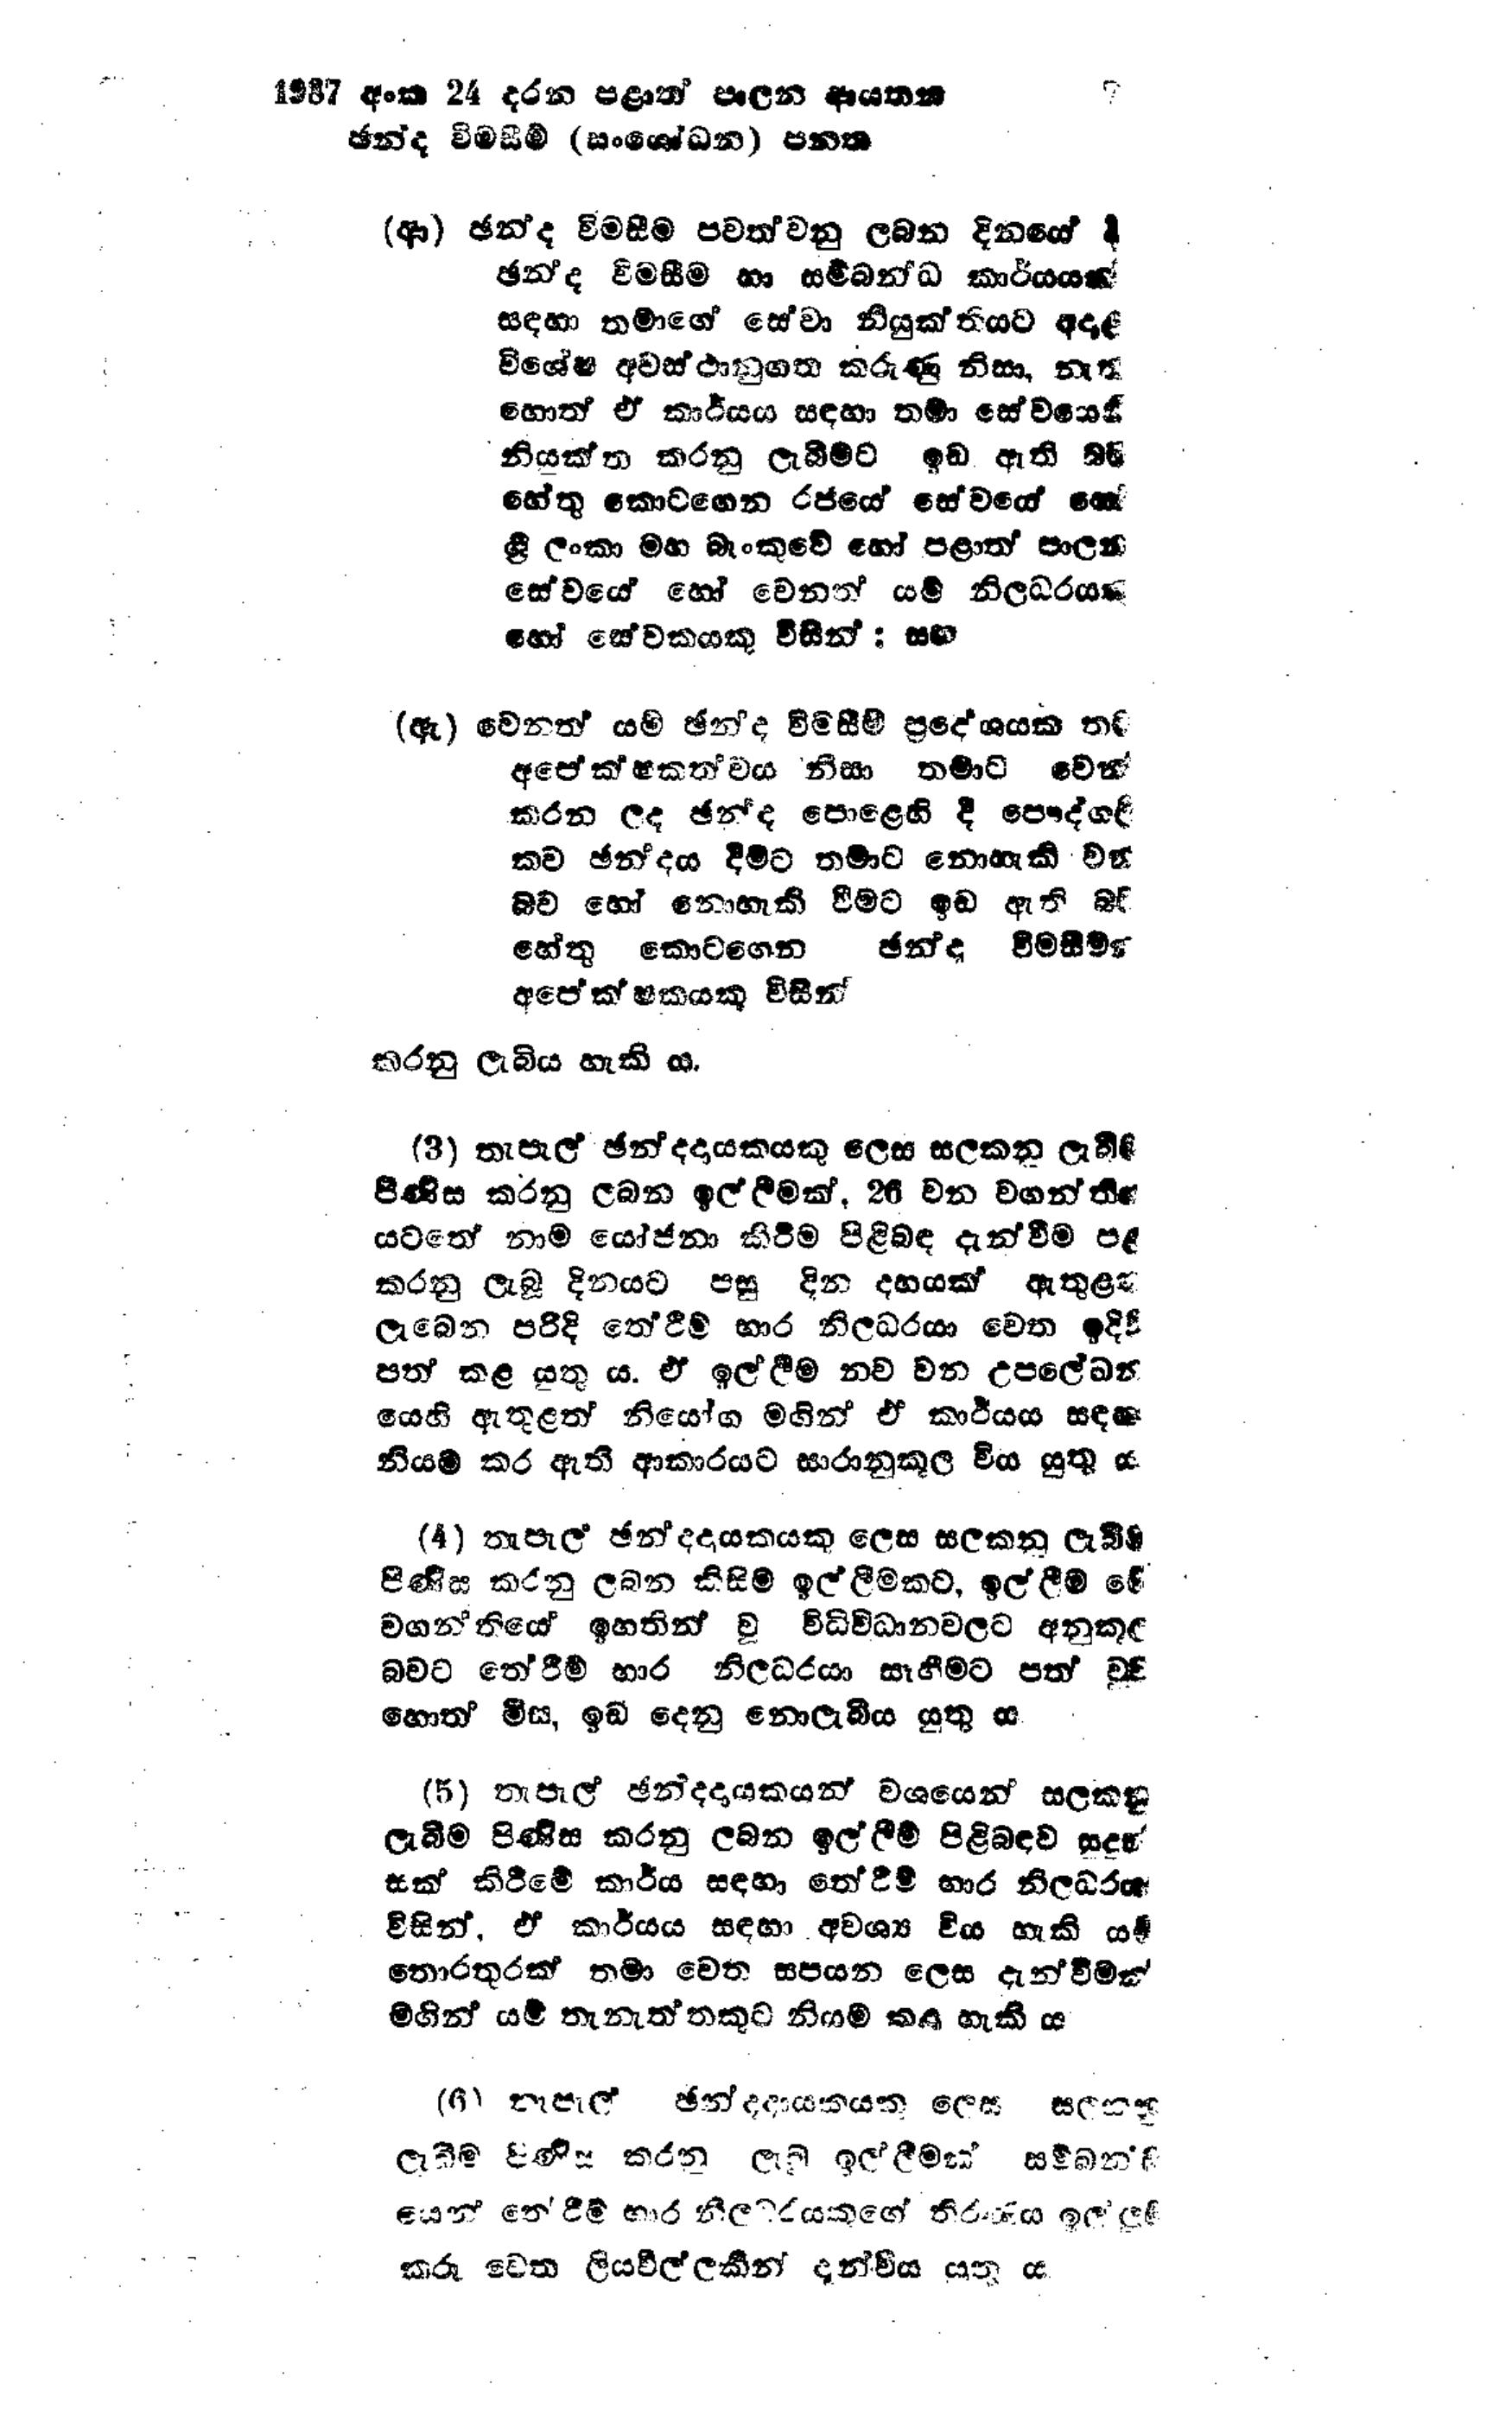
1987 අංක 24 දරන පළාත් පාලන ආයතන    7
ඡන්ද විමසීම් (සංශෝධන) පනත

(ආ) ඡන්ද විමසීම පවත්වනු ලබන දිනයේ දී
ඡන්ද විමසීම හා සම්බන්ධ කාර්යයක්
සඳහා තමාගේ සේවා නියුක්තියට අදාළ
විශේෂ අවස්ථානුගත කරුණු නිසා, නැත
හොත් ඒ කාර්යය සඳහා තමා සේවයෙහි
නියුක්ත කරනු ලැබීමට ඉඩ ඇති බව
හේතු කොටගෙන රජයේ සේවයේ හෝ
ශ්‍රී ලංකා මහ බැංකුවේ හෝ පළාත් පාලන
සේවයේ හෝ වෙනත් යම් නිලධරයක්
හෝ සේවකයකු විසින් : සහ

(ඇ) වෙනත් යම් ඡන්ද විමසීම් ප්‍රදේශයක තම
අපේක්ෂකත්වය නිසා තමාට වෙන්
කරන ලද ඡන්ද පොළෙහි දී පෞද්ගලි
කව ඡන්දය දීමට තමාට නොහැකි වන
බව හෝ නොහැකි වීමට ඉඩ ඇති බඳු
හේතු කොට ගෙන ඡන්ද විමසීම්
අපේක්ෂකයකු විසින්

කරනු ලැබිය හැකි ය.

(3) තැපැල් ඡන්දදායකයකු ලෙස සලකනු ලැබීම
පිණිස කරනු ලබන ඉල්ලීමක්, 26 වන වගන්තිය
යටතේ නාම යෝජනා කිරීම පිළිබඳ දැන්වීම පළ
කරනු ලැබූ දිනයට පසු දින දහයක් ඇතුළත
ලැබෙන පරිදි තේරීම් භාර නිලධරයා වෙත ඉදිරි
පත් කළ යුතු ය. ඒ ඉල්ලීම නව වන උපලේඛන
යෙහි ඇතුළත් නියෝග මගින් ඒ කාර්යය සඳහා
නියම් කර ඇති ආකාරයට සාරානුකූල විය යුතු ය.

(4) තැපැල් ඡන්දදායකයකු ලෙස සලකනු ලැබිම
පිණිස කරනු ලබන කිසිම ඉල්ලීමකට, ඉල්ලීම ‍‍මේ
වගන්තියේ ඉහතින් වූ විධිවිධාන වලට අනුකූල
බවට තේරීම් භාර නිලධරයා සෑහීමට පත් වුව
හොත් මිස, ඉඩ දෙනු නොලැබිය යුතු ය

(5) තැපැල් ඡන්දදායකයන් වශයෙන් සලකනු
ලැබීම පිණිස කරනු ලබන ඉල්ලීම් පිළිබඳව සුදුස්
සක් කිරීමේ කාර්ය සඳහා තේරීම් භාර නිලධරයා
විසින්. ඒ කාර්යය සඳහා අවශ්‍ය විය හැකි යම්
තොරතුරක් තමා වෙත සපයන ලෙස දැන්වීමක්
මගින් යම් තැනැත්තකුට නියම් කළ හැකි ය

(6) තැපැල ඡන්දදායකයකු ලෙස සලකනු
ලැබීම පිණිස කරනු ලැබු ඉල්ලීමක් සම්බන්​ධ
යෙන් තේරීම් භාර නීලවරයකුගේ තිරණය ඉල්ලුම්
කරු වෙත ලියවිල්ලකින් දැන්විය යුතු ය.